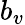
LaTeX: b_{v}